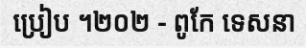
ប្រៀប ។២០២ - ពូកែ ទេសនា